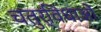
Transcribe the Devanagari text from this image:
चतुर्विधाओं